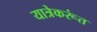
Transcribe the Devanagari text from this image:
यात्रेकरूंत